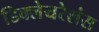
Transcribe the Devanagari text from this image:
डिक्लेयरेशंस